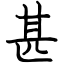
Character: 甚